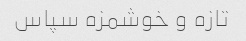
تازه و خوشمزه سپاس